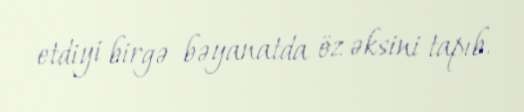
etdiyi birgə bəyanatda öz əksini tapıb.